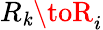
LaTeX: R_{\mathit{k}}\toR_{i}